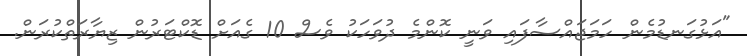
"އަޅުގަނޑުމެން ހަމަޖައްސާފައި ވަނީ ކޮންމެ ދުވަހަކު ވެސް 10 ގެއަށް ޑޮކްޓަރުން ޒިޔާރަތްކުރަން.